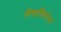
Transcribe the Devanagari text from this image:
मेगासिरोज